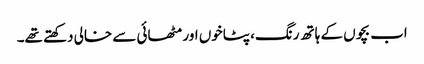
اب بچوں کے ہاتھ رنگ، پٹاخوں اور مٹھائی سے خالی دکھتے تھے۔